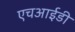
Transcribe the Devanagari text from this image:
एचआईडी